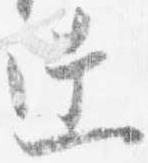
達